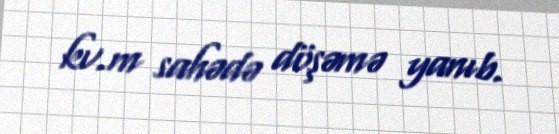
kv.m sahədə döşəmə yanıb.